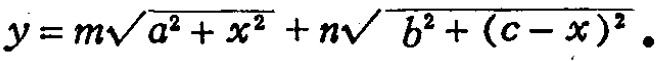
\(y = m\sqrt{a^{2}+x^{2}}+n\sqrt{b^{2}+(c - x)^{2}}\)